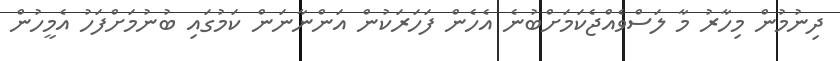
ދިނުމުން މިހާރު މާ ލަސްވެއްޖެކަމަށްބުނެ އެހެން ފަހަރަކުން އަންނާނަން ކަމުގައި ބުނުމަށްފަހު އެމީހުން